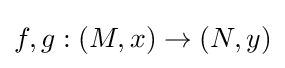
f,g:(M,x)\to (N,y)